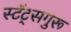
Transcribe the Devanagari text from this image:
स्टॅट्सगुरू